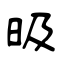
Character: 昅